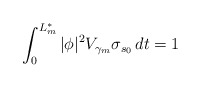
\begin{align*}\int_0^{L_m^*} |\phi|^2 V_{\gamma_m} \sigma_{s_0} \,dt = 1\end{align*}